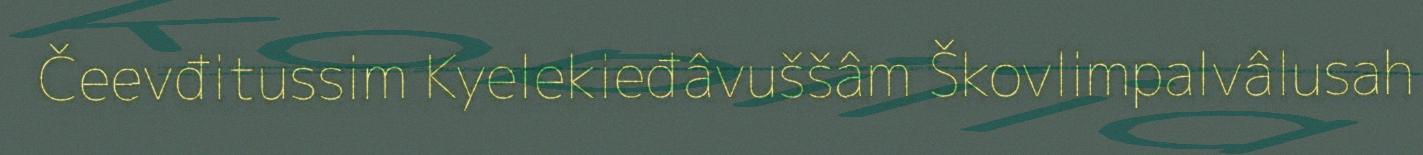
Čeevđitussim Kyelekieđâvuššâm Škovlimpalvâlusah